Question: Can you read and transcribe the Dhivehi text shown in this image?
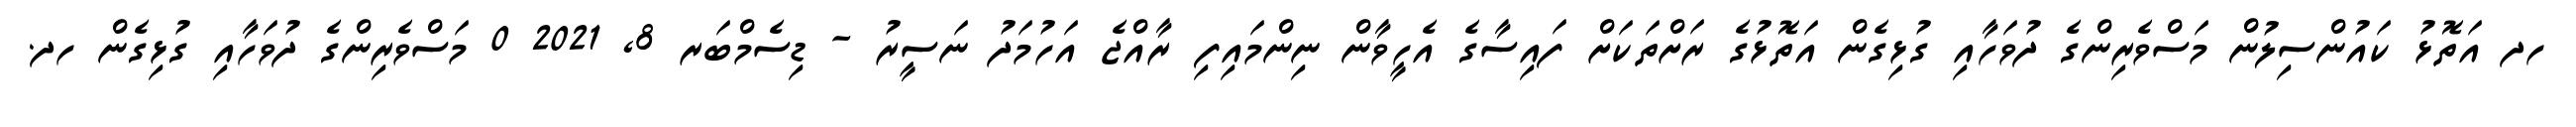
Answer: ހދ އަތޮޅު ކައުންސިލުން މަސްވެރިންގެ ދުވަހާއި ގުޅިގެން އަތޮޅުގެ ރަށްތަކަށް ފައިސާގެ އެހީވާން ނިންމައިފި ރާއްޖެ އަހުމަދު ނަސީރު - ޑިސެމްބަރ 8, 2021 0 މަސްވެރިންގެ ދުވަހާއި ގުޅިގެން ހދ.